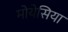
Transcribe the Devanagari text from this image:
मोयेसिया